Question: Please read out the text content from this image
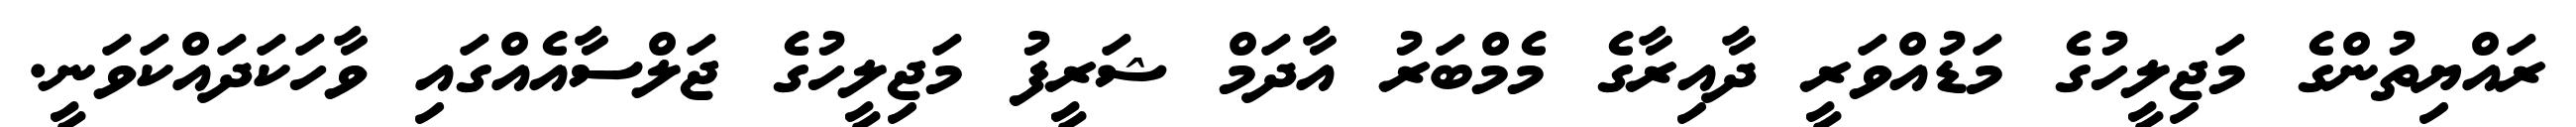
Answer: ރައްޔިތުންގެ މަޖިލީހުގެ މަޑުއްވަރީ ދާއިރާގެ މެމްބަރު އާދަމް ޝަރީފު މަޖިލީހުގެ ޖަލްސާއެއްގައި ވާހަކަދައްކަވަނީ.